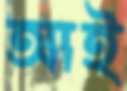
আই